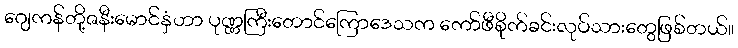
ဂျေကန်တို့ဇနီးမောင်နှံဟာ ပုဏ္ဏကြီးတောင်ကြောဒေသက ကော်ဖီစိုက်ခင်းလုပ်သားတွေဖြစ်တယ်။